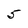
Character: 5